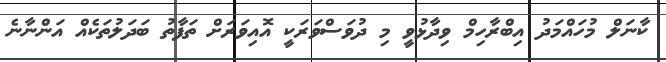
ކާނަލް މުހައްމަދު އިބްރާހިމް ވިދާޅުވީ މި ދުވަސްވަރަކީ އޮއިވަރަށް ތަފާތު ބަދަލުތަކެއް އަންނާނެ